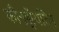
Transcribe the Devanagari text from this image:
कौनड्रॉयटिन